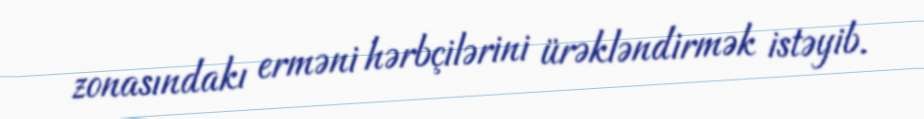
zonasındakı erməni hərbçilərini ürəkləndirmək istəyib.